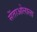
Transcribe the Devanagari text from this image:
सेंताओलाला